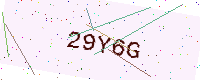
Text: 29Y6G